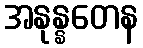
အနုန္နတေန